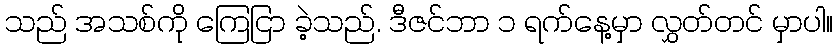
သည် အသစ်ကို ကြေငြာ ခဲ့သည်. ဒီဇင်ဘာ ၁ ရက်နေ့မှာ လွှတ်တင် မှာပါ။